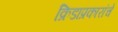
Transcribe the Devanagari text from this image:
क्रिडाप्रकारांचे